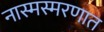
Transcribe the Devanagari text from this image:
नास्मस्मरणात